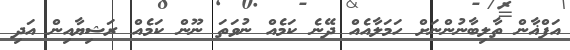
އަފްޣާން ތާލިބާނުންނަށް ހަމަލާއެއް ދޭނެ ކަމެއް ނުވަތަ ނޫން ކަމެއް ރަޝިޔާއިން އަދި